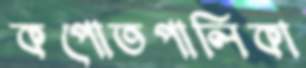
কপোতপালিকা